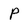
Character: P